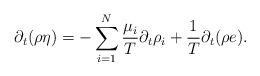
LaTeX: \begin{align*} \partial_t (\rho \eta) &= - \sum_{i=1}^N \frac{\mu_i}{T} \partial_t \rho_i + \frac{1}{T} \partial_t (\rho e) . \end{align*}